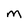
Character: M